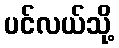
ပင်လယ်သို့